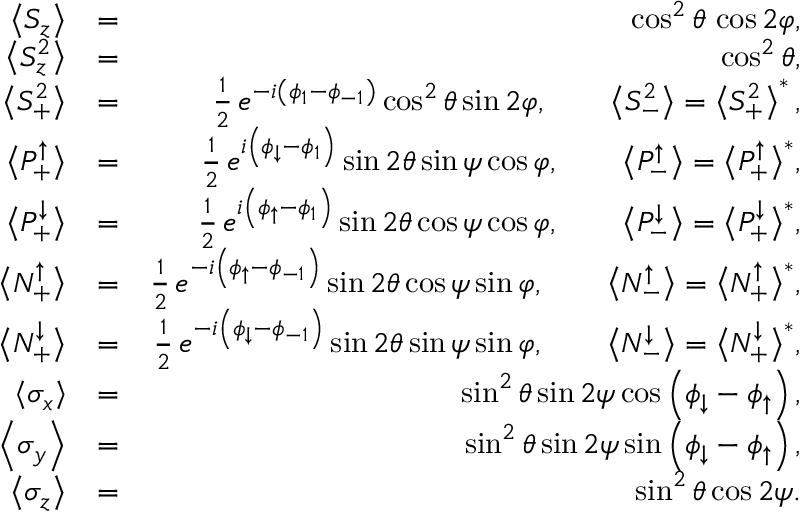
\begin{array} { r l r } { \left\langle S _ { z } \right\rangle } & { = } & { \cos ^ { 2 } \theta \, \cos 2 \varphi , } \\ { \left\langle S _ { z } ^ { 2 } \right\rangle } & { = } & { \cos ^ { 2 } \theta , } \\ { \left\langle S _ { { + } } ^ { 2 } \right\rangle } & { = } & { \frac { 1 } { 2 } \, e ^ { - i \left( \phi _ { 1 } - \phi _ { - 1 } \right) } \cos ^ { 2 } \theta \sin 2 \varphi , \qquad \left\langle S _ { { - } } ^ { 2 } \right\rangle = \left\langle S _ { { + } } ^ { 2 } \right\rangle ^ { * } , } \\ { \big \langle P _ { { + } } ^ { \uparrow } \big \rangle } & { = } & { \frac { 1 } { 2 } \, e ^ { i \left( \phi _ { \downarrow } - \phi _ { 1 } \right) } \sin 2 \theta \sin \psi \cos \varphi , \qquad \big \langle P _ { { - } } ^ { \uparrow } \big \rangle = \big \langle P _ { { + } } ^ { \uparrow } \big \rangle ^ { * } , } \\ { \big \langle P _ { { + } } ^ { \downarrow } \big \rangle } & { = } & { \frac { 1 } { 2 } \, e ^ { i \left( \phi _ { \uparrow } - \phi _ { 1 } \right) } \sin 2 \theta \cos \psi \cos \varphi , \qquad \big \langle P _ { { - } } ^ { \downarrow } \big \rangle = \big \langle P _ { { + } } ^ { \downarrow } \big \rangle ^ { * } , } \\ { \big \langle N _ { { + } } ^ { \uparrow } \big \rangle } & { = } & { \frac { 1 } { 2 } \, e ^ { - i \left( \phi _ { \uparrow } - \phi _ { - 1 } \right) } \sin 2 \theta \cos \psi \sin \varphi , \qquad \big \langle N _ { { - } } ^ { \uparrow } \big \rangle = \big \langle N _ { { + } } ^ { \uparrow } \big \rangle ^ { * } , } \\ { \big \langle N _ { { + } } ^ { \downarrow } \big \rangle } & { = } & { \frac { 1 } { 2 } \, e ^ { - i \left( \phi _ { \downarrow } - \phi _ { - 1 } \right) } \sin 2 \theta \sin \psi \sin \varphi , \qquad \big \langle N _ { { - } } ^ { \downarrow } \big \rangle = \big \langle N _ { { + } } ^ { \downarrow } \big \rangle ^ { * } , } \\ { \left\langle \sigma _ { x } \right\rangle } & { = } & { \sin ^ { 2 } \theta \sin 2 \psi \cos \left( \phi _ { \downarrow } - \phi _ { \uparrow } \right) , } \\ { \left\langle \sigma _ { y } \right\rangle } & { = } & { \sin ^ { 2 } \theta \sin 2 \psi \sin \left( \phi _ { \downarrow } - \phi _ { \uparrow } \right) , } \\ { \left\langle \sigma _ { z } \right\rangle } & { = } & { \sin ^ { 2 } \theta \cos 2 \psi . } \end{array}